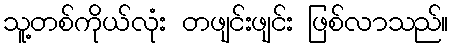
သူ့တစ်ကိုယ်လုံး တဖျင်းဖျင်း ဖြစ်လာသည်။